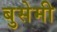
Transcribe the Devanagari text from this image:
बुसेमी